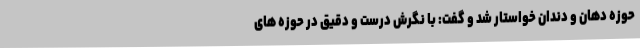
حوزه دهان و دندان خواستار شد و گفت: با نگرش درست و دقیق در حوزه های